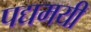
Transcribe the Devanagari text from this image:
पद्यमयी